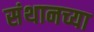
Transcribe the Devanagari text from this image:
संथानच्या